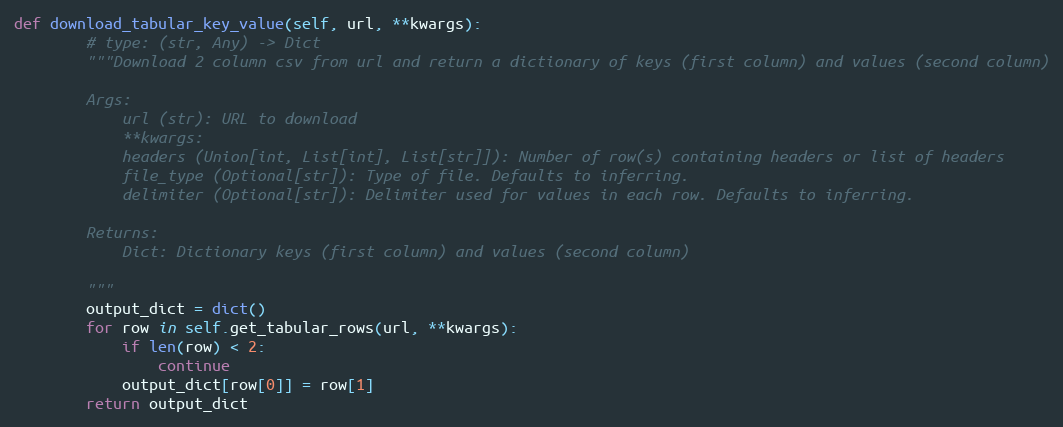
Language: Python
def download_tabular_key_value(self, url, **kwargs):
        # type: (str, Any) -> Dict
        """Download 2 column csv from url and return a dictionary of keys (first column) and values (second column)

        Args:
            url (str): URL to download
            **kwargs:
            headers (Union[int, List[int], List[str]]): Number of row(s) containing headers or list of headers
            file_type (Optional[str]): Type of file. Defaults to inferring.
            delimiter (Optional[str]): Delimiter used for values in each row. Defaults to inferring.

        Returns:
            Dict: Dictionary keys (first column) and values (second column)

        """
        output_dict = dict()
        for row in self.get_tabular_rows(url, **kwargs):
            if len(row) < 2:
                continue
            output_dict[row[0]] = row[1]
        return output_dict